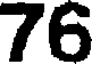
76